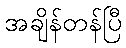
အချိန်တန်ပြီ